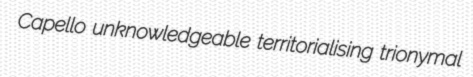
Capello unknowledgeable territorialising trionymal